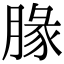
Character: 腞